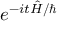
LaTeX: e ^ { - i t { \hat { H } } / \hbar }